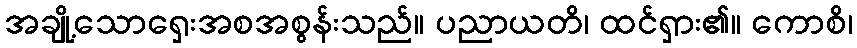
အချို့သောရှေးအစအစွန်းသည်။ ပညာယတိ၊ ထင်ရှား၏။ ကောစိ၊